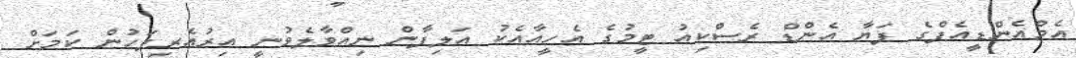
އެމްއެންޑީއެފްގެ ފަޔާ އެންޑް ރެސްކިއު ޓީމުގެ އެހީއާއެކު އަލިފާން ނިއްވާލެވުނީ އިރުއެރިފަހުން ކަމަށް